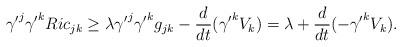
LaTeX: \begin{align*}{\gamma^{\prime}}^j{\gamma^{\prime}}^kRic_{jk}\geq\lambda {\gamma^{\prime}}^j{\gamma^{\prime}}^kg_{jk}-\frac{d}{dt}({\gamma^{\prime}}^kV_k)=\lambda+\frac{d}{dt}(-{\gamma^{\prime}}^kV_k).\end{align*}